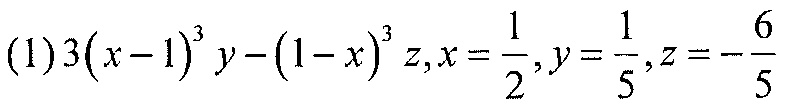
(1)\(3(x - 1)^{3}y-(1 - x)^{3}z,x=\frac{1}{2},y=\frac{1}{5},z = -\frac{6}{5}\)